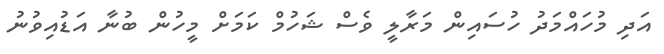
އަދި މުހައްމަދު ހުސައިން މަރާލީ ވެސް ޝަހުމް ކަމަށް މީހުން ބުނާ އަޑުއިވުނު